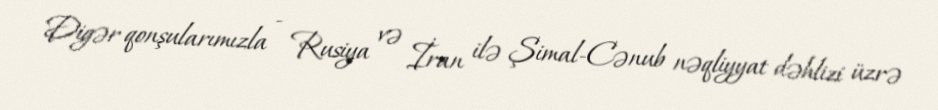
Digər qonşularımızla - Rusiya və İran ilə Şimal-Cənub nəqliyyat dəhlizi üzrə